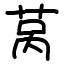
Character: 莴